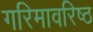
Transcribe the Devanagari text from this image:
गरिमावरिष्ठ